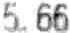
5.66